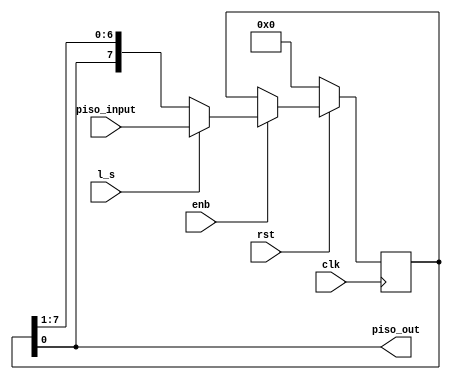
module piso_lsb
(
	input               clk,    // Clock
	input               rst,    // asynchronous reset low active 
	input               enb,    // Enable
	input               l_s,    // load or shift
	input [7:0]	    piso_input,    // Parallel data input
	output              piso_out     // Serial output
);

reg [7:0] register_r;

always @(posedge clk) begin
	if(!rst)
		register_r <= 8'h00;
	else if(enb)
		if(l_s)
			register_r <= piso_input;
		else
			register_r <= {register_r[0], register_r[7:1]};		
end

assign piso_out = register_r[0];

endmodule